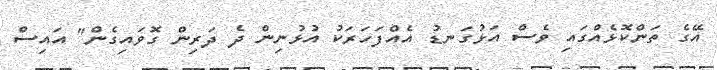
އޭގެ ތަންކޮޅެއްގައި ވެސް އަޅުގަނޑު އެއްފަހަރަކު އުޅުނިން ދެ ދަރިން ގޮވައިގެން" އައިސް